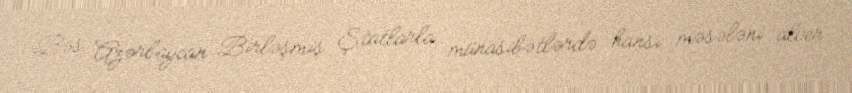
Bəs Azərbaycan Birləşmiş Ştatlarla münasibətlərdə hansı məsələni alver